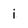
Character: i